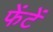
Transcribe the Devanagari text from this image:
फेंटें